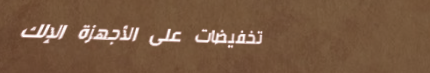
تخفيضات على الأجهزة الإلك